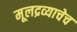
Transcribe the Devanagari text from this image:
मूलद्रव्याचेच